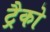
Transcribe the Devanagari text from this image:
ट्रैको